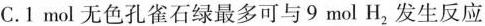
C.1mol无色孔雀石绿最多可与9mol H_{2}发生反应